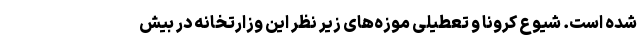
شده است. شیوع کرونا و تعطیلی موزه‌های زیر نظر این وزارتخانه در بیش